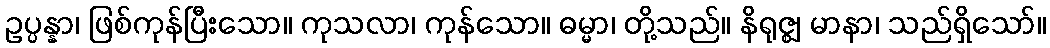
ဥပ္ပန္နာ၊ ဖြစ်ကုန်ပြီးသော။ ကုသလာ၊ ကုန်သော။ ဓမ္မာ၊ တို့သည်။ နိရုဇ္ဈ မာနာ၊ သည်ရှိသော်။